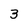
Character: 3